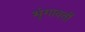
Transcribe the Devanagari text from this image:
भृंगावर्ती